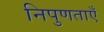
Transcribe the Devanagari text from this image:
निपुणताएँ